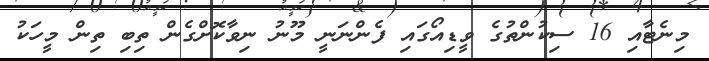
މިނެޓާއި 16 ސިކުންތުގެ ވީޑިއޯގައި ފެންނަނީ މޫނު ނިވާކޮށްގެން ތިބި ތިން މީހަކު